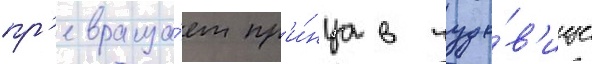
пр'евраща́ет пр'и́нца в чудо́в'ище